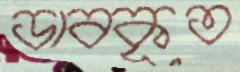
ডাবকৃত